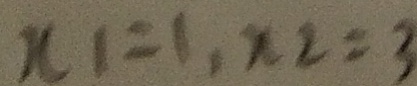
x _ { 1 } = 1 , x _ { 2 } = 3